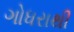
ગોધરાથી